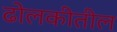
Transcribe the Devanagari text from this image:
ढोलकीतील